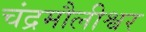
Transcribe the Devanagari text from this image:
चंद्रमौलीश्वर